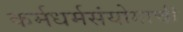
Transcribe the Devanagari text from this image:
कर्मधर्मसंयोगाची